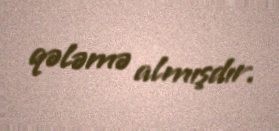
qələmə almışdır.